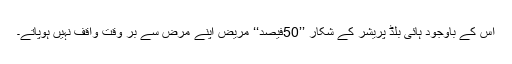
اس کے باوجود ہائی بلڈ پریشر کے شکار ’’50فیصد‘‘ مریض اپنے مرض سے بر وقت واقف نہیں ہوپاتے۔